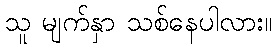
သူ မျက်နှာ သစ်နေပါလား။